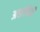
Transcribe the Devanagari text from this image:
अद्यापिही